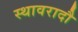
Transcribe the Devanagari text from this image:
स्थावरादौ